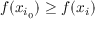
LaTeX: f ( x _ { i _ { 0 } } ) \geq f ( x _ { i } )